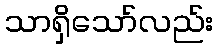
သာရှိသော်လည်း